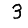
Digit: 3